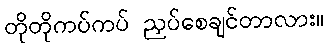
တိုတိုကပ်ကပ် ညှပ်စေချင်တာလား။